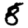
Digit: 8